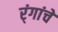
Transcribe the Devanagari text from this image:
र्ंगांचे